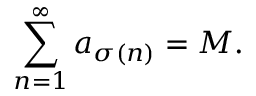
\sum _ { n = 1 } ^ { \infty } a _ { \sigma ( n ) } = M .